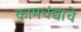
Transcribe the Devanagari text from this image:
कामधंद्याचे